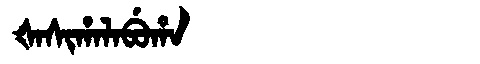
Manchu: ᡧᠠᠰᡳᡥᠠᠯᠠᠪᡠᡥᠠ
Romanization: ŠASIHALABUHA